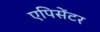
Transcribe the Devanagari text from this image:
एपिसेंटर